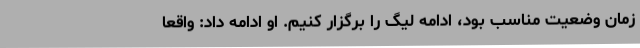
زمان وضعیت مناسب بود، ادامه لیگ را برگزار کنیم. او ادامه داد: واقعا